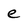
Character: e